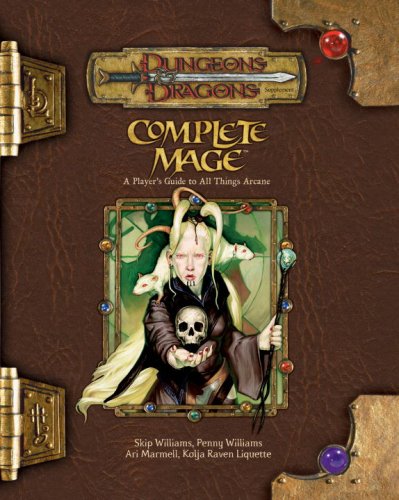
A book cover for Complete Mage: A Player's Guide to All Things Arcane (Dungeons & Dragons d20 3.5 Fantasy Roleplaying); Ari Marmell; Science Fiction & Fantasy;